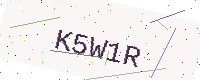
Text: K5W1R